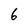
Character: 6